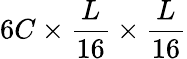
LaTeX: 6C\times\frac{L}{16}\times\frac{L}{16}